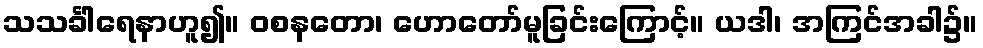
သသင်္ခါရေနာဟူ၍။ ဝစနတော၊ ဟောတော်မူခြင်းကြောင့်။ ယဒါ၊ အကြင်အခါ၌။